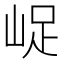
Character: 𡷿